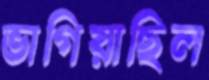
ভাগিয়াছিল